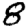
Digit: 8